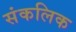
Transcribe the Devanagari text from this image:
संकलिक